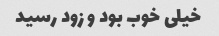
خیلی خوب بود و زود رسید